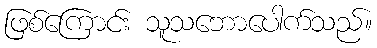
ဖြစ်ကြောင်း သူသဘောပေါက်သည်။